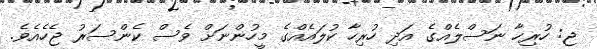
ޖ: ހުރިހާ ނަސްލެއްގެ އަދި ހުރިހާ ކުލައެއްގެ މީހުންނަށް ވެސް ކެންސަރު ޖެހެއެވެ.